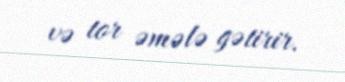
və tor əmələ gətirir.